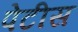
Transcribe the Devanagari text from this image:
पेटीस